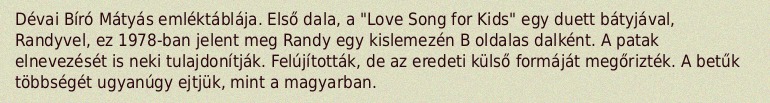
Dévai Bíró Mátyás emléktáblája. Első dala, a "Love Song for Kids" egy duett bátyjával, Randyvel, ez 1978-ban jelent meg Randy egy kislemezén B oldalas dalként. A patak elnevezését is neki tulajdonítják. Felújították, de az eredeti külső formáját megőrizték. A betűk többségét ugyanúgy ejtjük, mint a magyarban.